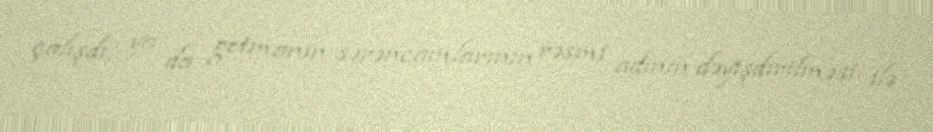
çalışdı, ya da getmanın sərəncamlarının rəsmi adının dəyişdirilməsi ilə